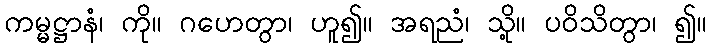
ကမ္မဋ္ဌာနံ၊ ကို။ ဂဟေတွာ၊ ဟူ၍။ အရညံ၊ သို့။ ပဝိသိတွာ၊ ၍။